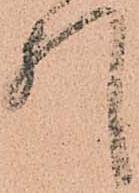
引